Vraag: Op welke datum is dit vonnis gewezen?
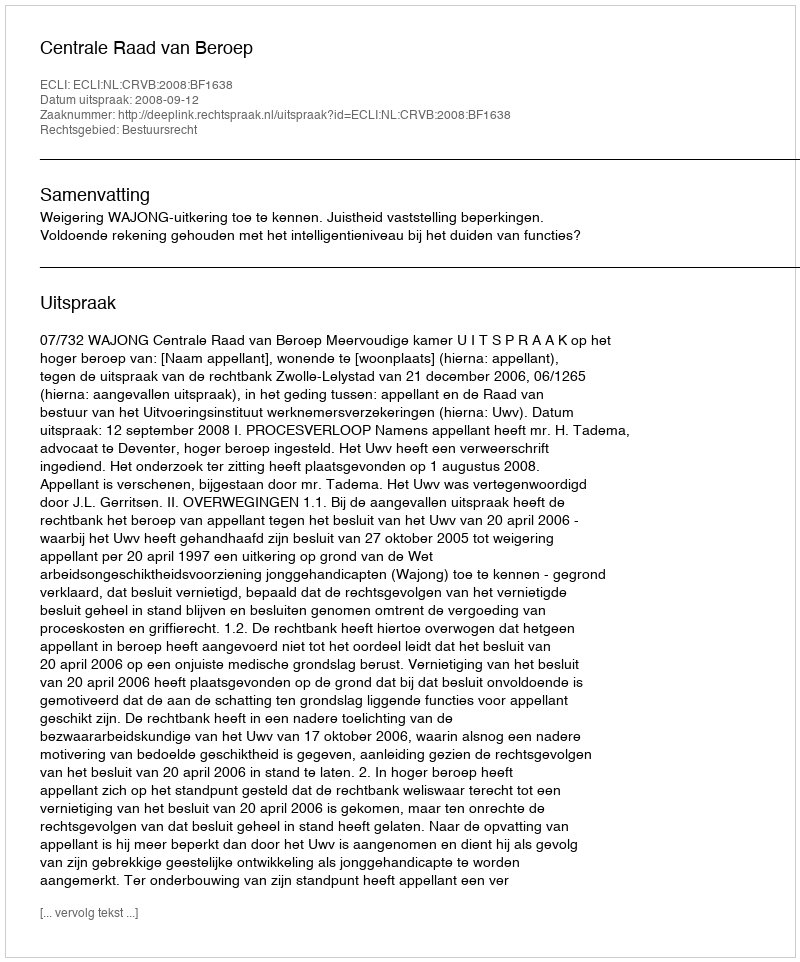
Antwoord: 2008-09-12